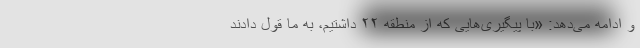
و ادامه می‌دهد: «با پیگیری‌هایی که از منطقه ۲۲ داشتیم، به ما قول دادند